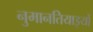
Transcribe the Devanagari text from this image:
नुमानतियाइयों